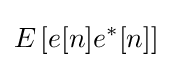
E\left[e[n]e^{*}[n]\right]